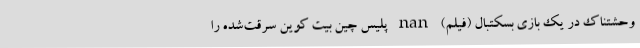
وحشتناک در یک بازی بسکتبال (فیلم) nan پلیس چین بیت کوین سرقت‌شده را